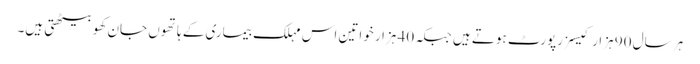
ہر سال 90 ہزار کیسز رپورٹ ہوتے ہیں جبکہ 40 ہزار خواتین اس مہلک بیماری کے ہاتھوں جان کھو بیٹھتی ہیں۔